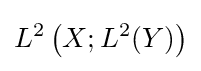
L^{2}\left(X;L^{2}(Y)\right)